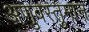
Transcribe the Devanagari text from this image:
अणुवस्तुमान